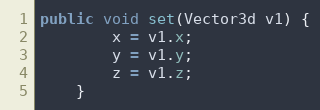
Language: Java
public void set(Vector3d v1) {
        x = v1.x;
        y = v1.y;
        z = v1.z;
    }